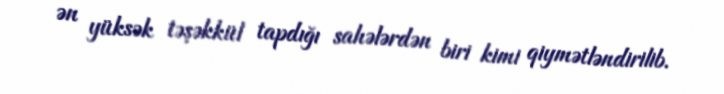
ən yüksək təşəkkül tapdığı sahələrdən biri kimi qiymətləndirilib.